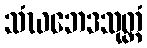
သံဃဘေဒသုတ္တံ